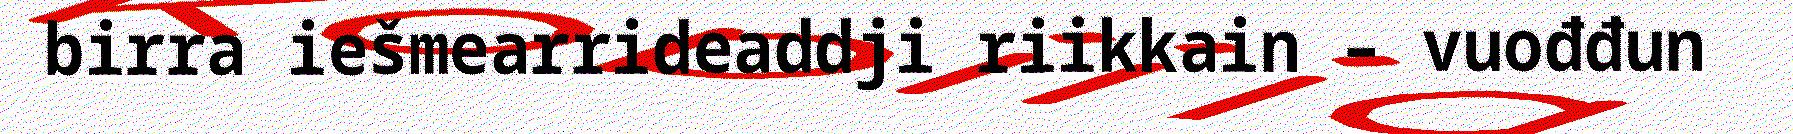
birra iešmearrideaddji riikkain – vuođđun